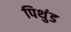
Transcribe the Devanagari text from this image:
पिथुंड